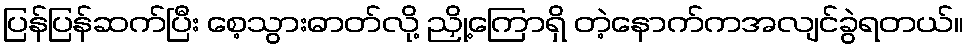
ပြန်ပြန်ဆက်ပြီး စေ့သွားဓာတ်လို့ ညှို့ကြောရှိ တဲ့နောက်ကအလျင်ခွဲရတယ်။